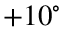
+ 1 0 ^ { \circ }